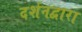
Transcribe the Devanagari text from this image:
दर्शनद्वारा